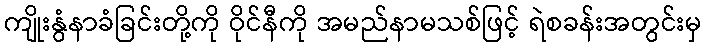
ကျိုးနွံနာခံခြင်းတို့ကို ဝိုင်နီကို အမည်နာမသစ်ဖြင့် ရဲစခန်းအတွင်းမှ